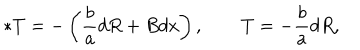
LaTeX: \ast T = - \left( { \frac { b } { a } } d R + B d x \right) , \qquad T = - { \frac { b } { a } } d R ,